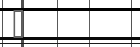
٢